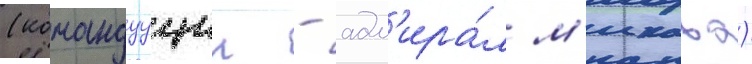
(командуущии - адм'ира́л м'икава)